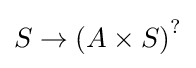
S\rightarrow \left(A\times S\right)^{?}